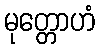
မုတ္တောဟံ